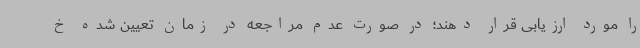
را مورد ارزیابی قرار دهند؛ در صورت عدم مراجعه در زمان تعیین شده خ